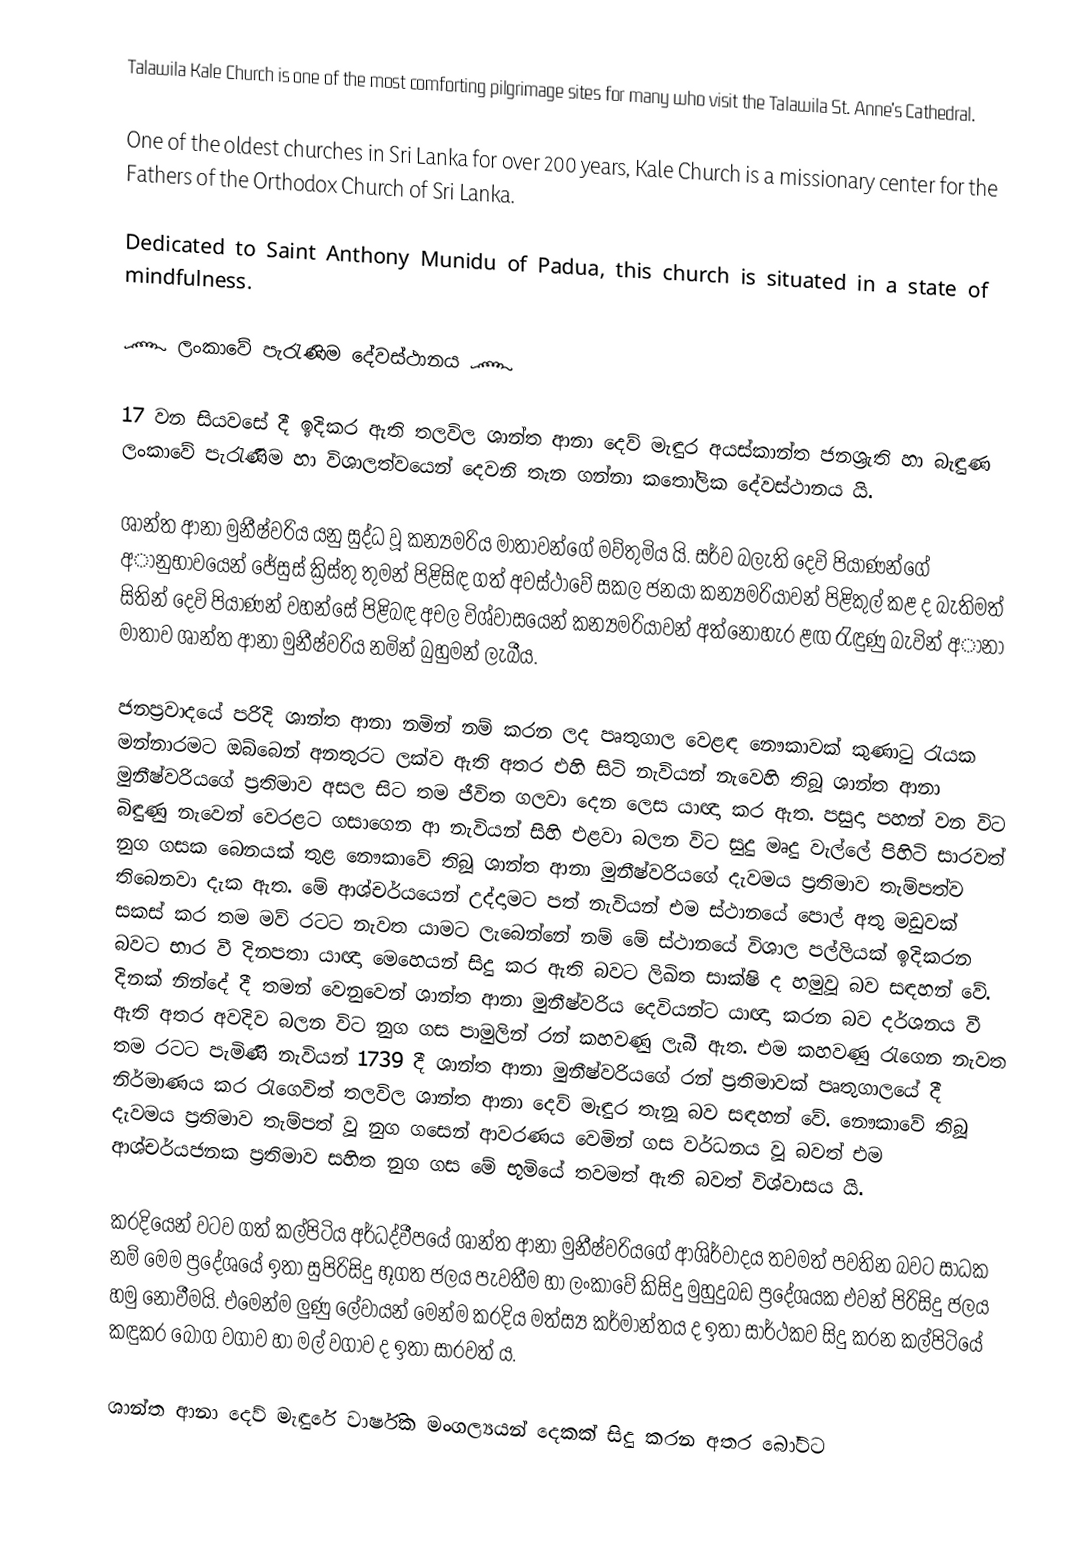
Talawila Kale Church is one of the most comforting pilgrimage sites for many who visit the Talawila St. Anne's Cathedral.

One of the oldest churches in Sri Lanka for over 200 years, Kale Church is a missionary center for the Fathers of the Orthodox Church of Sri Lanka.

Dedicated to Saint Anthony Munidu of Padua, this church is situated in a state of mindfulness.

෴ ලංකාවේ පැරැණිම දේවස්ථානය ෴

   17 වන සියවසේ දී ඉදිකර ඇති තලවිල ශාන්ත ආනා දෙව් මැඳුර අයස්කාන්ත ජනශ්‍රැති හා බැඳුණ ලංකාවේ පැරැණිම හා විශාලත්වයෙන් දෙවනි තැන ගන්නා කතෝලික දේවස්ථානය යි.

   ශාන්ත ආනා මුනීෂ්වරිය යනු සුද්ධ වූ කන්‍යමරිය මාතාවන්ගේ මව්තුමිය යි. සර්ව බලැති දෙවි පියාණන්ගේ අානුභාවයෙන් ජේසුස් ක්‍රිස්තු තුමන් පිළිසිඳ ගත් අවස්ථාවේ සකල ජනයා කන්‍යමරියාවන් පිළිකුල් කළ ද බැතිමත් සිතින් දෙවි පියාණන් වහන්සේ පිළිබඳ අචල විශ්වාසයෙන් කන්‍යමරියාවන් අත්නොහැර ළඟ රැඳුණු බැවින් අානා මාතාව ශාන්ත ආනා මුනීෂ්වරිය නමින් බුහුමන් ලැබීය.

  ජනප්‍රවාදයේ පරිදි ශාන්ත ආනා නමින් නම් කරන ලද පෘතුගාල වෙළඳ නෞකාවක් කුණාටු රැයක මන්නාරමට ඔබ්බෙන් අනතුරට ලක්ව ඇති අතර එහි සිටි නැවියන් නැවෙහි තිබූ ශාන්ත ආනා මුනීෂ්වරියගේ ප්‍රතිමාව අසල සිට තම ජීවිත ගලවා දෙන ලෙස යාඥා කර ඇත. පසුදා පහන් වන විට බිඳුණු නැවෙන් වෙරළට ගසාගෙන ආ නැවියන් සිහි එළවා බලන විට සුදු මෘදු වැල්ලේ පිහිටි සාරවත් නුග ගසක බෙනයක් තුළ නෞකාවේ තිබූ ශාන්ත ආනා මුනීෂ්වරියගේ දැවමය ප්‍රතිමාව තැම්පත්ව තිබෙනවා දැක ඇත. මේ ආශ්චර්යයෙන් උද්දාමට පත් නැවියන් එම ස්ථානයේ පොල් අතු මඩුවක් සකස් කර තම මව් රටට නැවත යාමට ලැබෙන්නේ නම් මේ ස්ථානයේ විශාල පල්ලියක් ඉදිකරන බවට භාර වී දිනපතා යාඥා මෙහෙයන් සිදු කර ඇති බවට ලිඛිත සාක්ෂි ද හමුවූ බව සඳහන් වේ. දිනක් නින්දේ දී තමන් වෙනුවෙන් ශාන්ත ආනා මුනීෂ්වරිය දෙවියන්ට යාඥා කරන බව දර්ශනය වී ඇති අතර අවදිව බලන විට නුග ගස පාමුලින් රන් කහවණු ලැබී ඇත. එම කහවණු රැගෙන නැවත තම රටට පැමිණි නැවියන් 1739 දී ශාන්ත ආනා මුනීෂ්වරියගේ රන් ප්‍රතිමාවක් පෘතුගාලයේ දී නිර්මාණය කර රැගෙවිත් තලවිල ශාන්ත ආනා දෙව් මැඳුර තැනූ බව සඳහන් වේ. නෞකාවේ තිබූ දැවමය ප්‍රතිමාව තැම්පත් වූ නුග ගසෙන් ආවරණය වෙමින් ගස වර්ධනය වූ බවත් එම ආශ්චර්යජනක ප්‍රතිමාව සහිත නුග ගස මේ භූමියේ තවමත් ඇති බවත් විශ්වාසය යි.

   කරදියෙන් වටව ගත් කල්පිටිය අර්ධද්වීපයේ ශාන්ත ආනා මුනීෂ්වරියගේ ආශිර්වාදය තවමත් පවතින බවට සාධක නම් මෙම ප්‍රදේශයේ ඉතා සුපිරිසිදු භූගත ජලය පැවතීම හා ලංකාවේ කිසිදු මුහුදුබඩ ප්‍රදේශයක එවන් පිරිසිදු ජලය හමු නොවීමයි. එමෙන්ම ලුණු ලේවායන් මෙන්ම කරදිය මත්ස්‍ය කර්මාන්තය ද ඉතා සාර්ථකව සිදු කරන කල්පිටියේ කඳුකර බෝග වගාව හා මල් වගාව ද ඉතා සාරවත් ය.

   ශාන්ත ආනා දෙව් මැඳුරේ වාර්ෂික මංගල්‍යයන් දෙකක් සිදු කරන අතර බෝට්ට